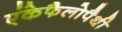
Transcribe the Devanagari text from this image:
एंकेफैलोपैथी